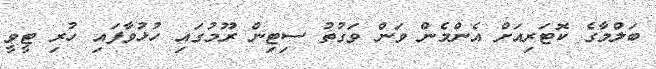
ބަލްމާގެ ކޮޓަރިއަށް އެންމެން ވަން ވަގުތު ސިޓިން ރޫމުގައި ހުޅުވާފައި ހުރި ޓީވީ